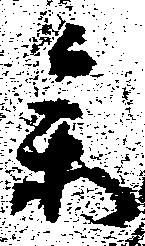
参